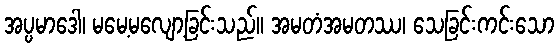
အပ္ပမာဒေါ၊ မမေ့မလျော့ခြင်းသည်။ အမတံအမတဿ၊ သေခြင်းကင်းသော